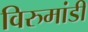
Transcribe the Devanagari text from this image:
विरुमांडी